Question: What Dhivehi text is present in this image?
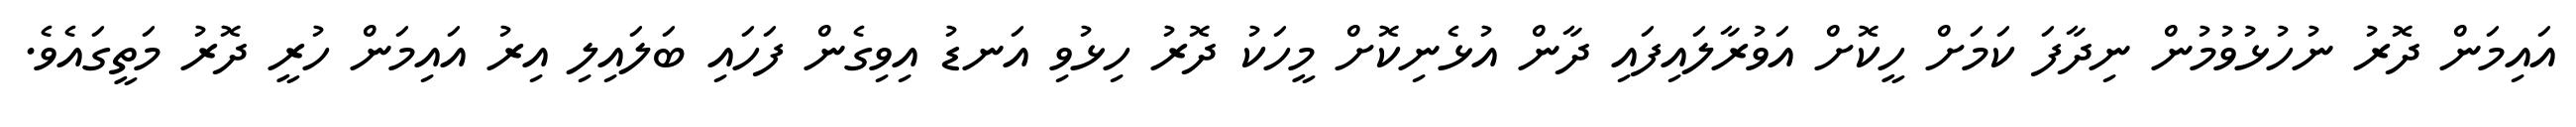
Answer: އައިމަން ދޮރު ނުހުޅުވުމުން ނިދާފަ ކަމަށް ހީކޮށް އަވުރާލައިފައި ދާން އުޅެނިކޮށް މީހަކު ދޮރު ހިޅުވި އަނޑު އިވިގެން ފަހައި ބަލައިލި އިރު އައިމަން ހުރީ ދޮރު މަތީގައެވެ.